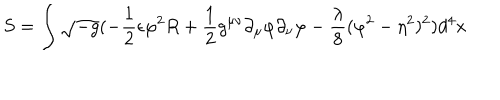
LaTeX: S = \int \sqrt { - g } ( - \frac { 1 } { 2 } \epsilon \varphi ^ { 2 } R + \frac { 1 } { 2 } g ^ { \mu \nu } \partial _ { \mu } \varphi \partial _ { \nu } \varphi - \frac { \lambda } { 8 } ( \varphi ^ { 2 } - \eta ^ { 2 } ) ^ { 2 } ) d ^ { 4 } x